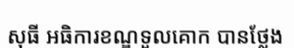
សុធី អធិការខណ្ឌទួលគោក បានថ្លែង